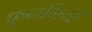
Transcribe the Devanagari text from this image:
फुनगियाँ